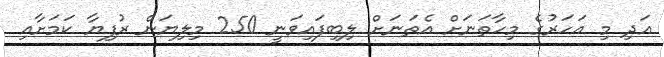
އަދި މި އަހަރުގެ މިހާތަނަށް އެތަނަށް ލިބިފައިވަނީ 250 މިލިޔަން ރުފިޔާ ކަމަށާއި